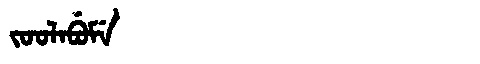
Manchu: ᠵᠣᠣᠯᠠᠪᡠᠮᡝ
Romanization: JOOLABUME